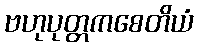
ဗဟုပုတ္တကစေတိယံ